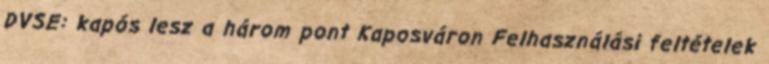
DVSE: kapós lesz a három pont Kaposváron Felhasználási feltételek